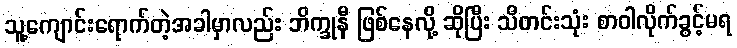
သူ့ကျောင်းရောက်တဲ့အခါမှာလည်း ဘိက္ခုနီ ဖြစ်နေလို့ ဆိုပြီး သီတင်းသုံး စာဝါလိုက်ခွင့်မရ